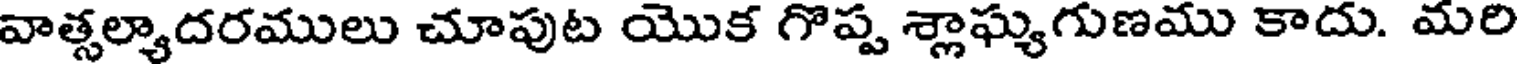
వాత్సల్యాదరములు చూపుట యొక గొప్ప శ్లాఘ్యగుణము కాదు. మరి